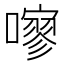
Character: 𱕐